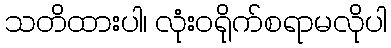
သတိထားပါ၊ လုံးဝရိုက်စရာမလိုပါ